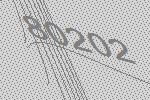
80202